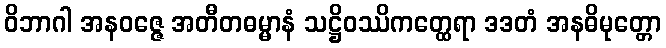
ဝိဘာဂါ အနဝဇ္ဇေ အတီတဓမ္မာနံ သဋ္ဌိဝဿိကတ္ထေရာ ဒဒတံ အနဓိမုတ္တော